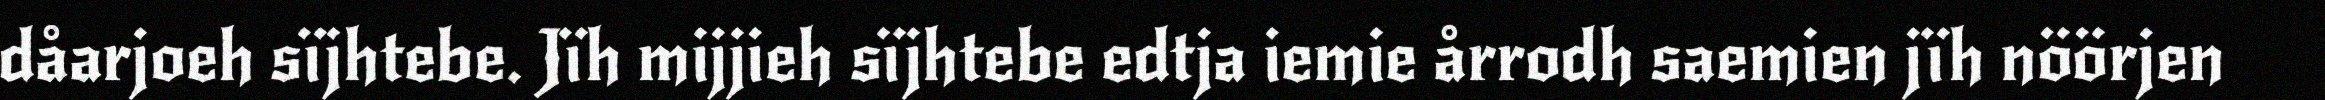
dåarjoeh sïjhtebe. Jïh mijjieh sïjhtebe edtja iemie årrodh saemien jïh nöörjen